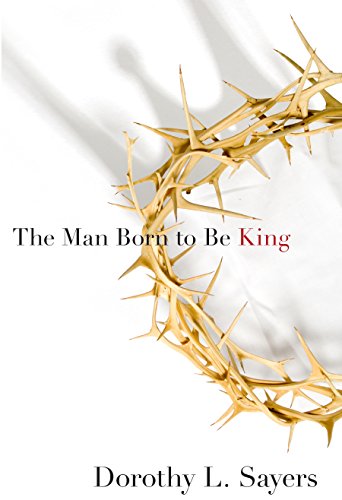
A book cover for The Man Born to Be King; Dorothy Sayers; Literature & Fiction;